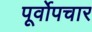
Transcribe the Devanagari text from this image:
पूर्वोपचार